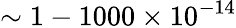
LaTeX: \sim 1-1000\times 10^{-14}